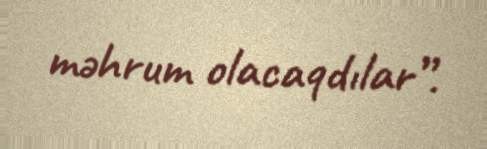
məhrum olacaqdılar”.